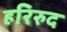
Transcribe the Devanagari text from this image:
हरिरुद